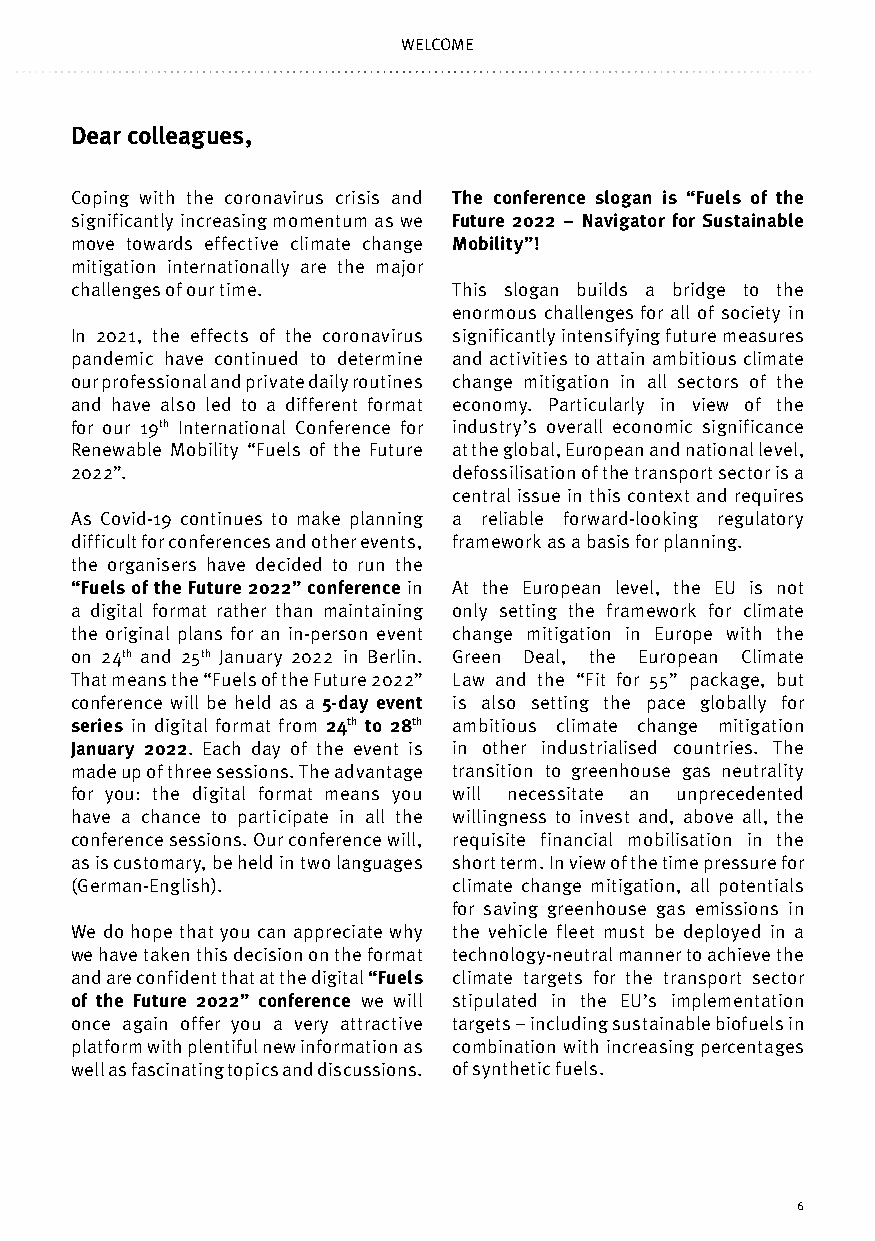
WELCOME
 Dear colleagues,
 Coping with the coronavirus crisis and The conference slogan is “Fuels of the
 significantly increasing momentum as we Future 2022 – Navigator for Sustainable
 move towards effective climate change Mobility”!
 mitigation internationally are the major
 challenges of our time.  This slogan builds a bridge to the
 enormous challenges for all of society in
 In 2021, the effects of the coronavirus significantly intensifying future measures
 pandemic have continued to determine and activities to attain ambitious climate
 our professional and private daily routines change mitigation in all sectors of the
 and have also led to a different format economy. Particularly in view of the
 for our 19th International Conference for industry’s overall economic significance
 Renewable Mobility “Fuels of the Future at the global, European and national level,
 2022”.                   defossilisation of the transport sector is a
 central issue in this context and requires
 As Covid-19 continues to make planning a reliable forward-looking regulatory
 difficult for conferences and other events, framework as a basis for planning.
 the organisers have decided to run the
 “Fuels of the Future 2022” conference in At the European level, the EU is not
 a digital format rather than maintaining only setting the framework for climate
 the original plans for an in-person event change mitigation in Europe with the
 on 24th and 25th January 2022 in Berlin. Green Deal, the European Climate
 That means the “Fuels of the Future 2022” Law and the “Fit for 55” package, but
 conference will be held as a 5-day event is also setting the pace globally for
 series in digital format from 24th to 28th ambitious climate change mitigation
 January 2022. Each day of the event is in other industrialised countries. The
 made up of three sessions. The advantage transition to greenhouse gas neutrality
 for you: the digital format means you will necessitate an unprecedented
 have a chance to participate in all the willingness to invest and, above all, the
 conference sessions. Our conference will, requisite financial mobilisation in the
 as is customary, be held in two languages short term. In view of the time pressure for
 (German-English).        climate change mitigation, all potentials
 for saving greenhouse gas emissions in
 We do hope that you can appreciate why the vehicle fleet must be deployed in a
 we have taken this decision on the format technology-neutral manner to achieve the
 and are confident that at the digital “Fuels climate targets for the transport sector
 of the Future 2022” conference we will stipulated in the EU’s implementation
 once again offer you a very attractive targets – including sustainable biofuels in
 platform with plentiful new information as combination with increasing percentages
 well as fascinating topics and discussions. of synthetic fuels.
 6